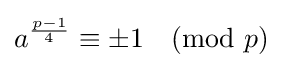
a^{\frac {p-1}{4}}\equiv \pm 1{\pmod {p}}